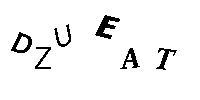
DZUEAT